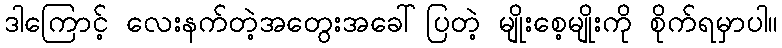
ဒါကြောင့် လေးနက်တဲ့အတွေးအခေါ်ပြတဲ့ မျိုးစေ့မျိုးကို စိုက်ရမှာပါ။